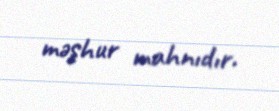
məşhur mahnıdır.